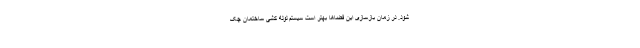
شود. در زمان بازسازی این فضاها بهتر است سیستم لوله کشی ساختمان چک